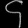
Digit: ၄